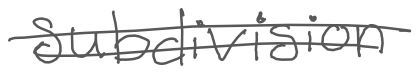
Text: subdivision
Cross-out: double-line
Writing tool: digital_gray